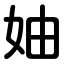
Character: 妯